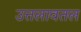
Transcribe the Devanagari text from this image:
उत्तलावतल